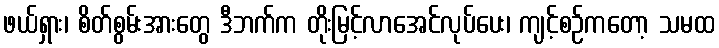
ဖယ်ရှား၊ စိတ်စွမ်းအားတွေ ဒီဘက်က တိုးမြင့်လာအေင်လုပ်ပေး၊ ကျင့်စဉ်ကတော့ သမထ